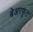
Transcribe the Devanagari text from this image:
बेअरफूट